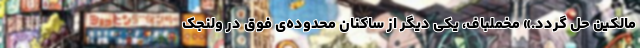
مالکین حل گردد.» مخملباف، یکی دیگر از ساکنان محدوده‌ی فوق در ولنجک